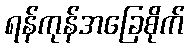
ရန်ကုန်အခြေစိုက်